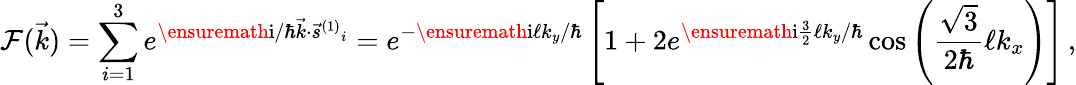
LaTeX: {\cal F}({\vec{k}})=\sum_{i=1}^{3}e^{\ensuremath{\mathrm{i}}/\hbar{\vec{k}}\cdot{\vec{s}^{(1)}}_{i}}=e^{-\ensuremath{\mathrm{i}}\ell k_{y}/\hbar}\left[1+2e^{\ensuremath{\mathrm{i}}\frac{3}{2}\ell k_{y}/\hbar}\cos\left(\frac{\sqrt{3}}{2\hbar}\ell k_{x}\right)\right]\, ,